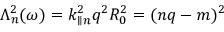
\Lambda _ { n } ^ { 2 } ( \omega ) = k _ { \parallel n } ^ { 2 } q ^ { 2 } R _ { 0 } ^ { 2 } = ( n q - m ) ^ { 2 }